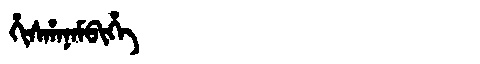
Manchu: ᡥᡳᠰᡥᠠᠨᠠᠮᠪᡳᡥᡝ
Romanization: HISHANAMBIHE